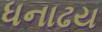
ધનાઢય